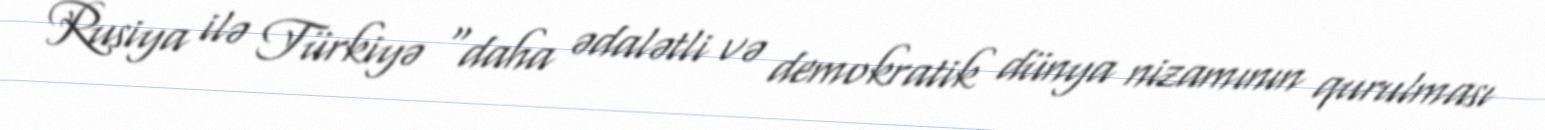
Rusiya ilə Türkiyə “daha ədalətli və demokratik dünya nizamının qurulması